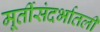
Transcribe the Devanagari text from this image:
मूर्तीसंदर्भातली